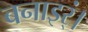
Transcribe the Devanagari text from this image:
बनाइर्ं।